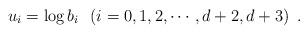
LaTeX: \begin{align*}u_i = \log b_i \,\,\,\,(i=0,1,2,\cdots ,{d+2},{d+3})\,\,\,.\end{align*}